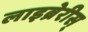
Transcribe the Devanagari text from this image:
लाइब्रेरीस्